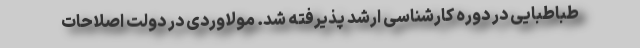
طباطبایی در دوره کارشناسی ارشد پذیرفته شد. مولاوردی در دولت اصلاحات